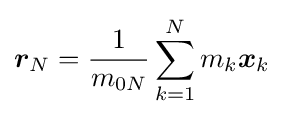
{\boldsymbol {r}}_{N}={\frac {1}{m_{0N}}}\sum _{k=1}^{N}m_{k}{\boldsymbol {x}}_{k}\